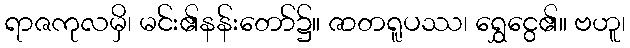
ရာဇကုလမှိ၊ မင်း၏နန်းတော်၌။ ဇာတရူပဿ၊ ရွှေငွေ၏။ ဗဟူ၊